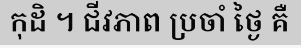
កុដិ ។ ជីវភាព ប្រចាំ ថ្ងៃ គឺ